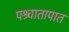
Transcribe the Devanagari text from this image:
पश्र्चातापात